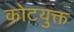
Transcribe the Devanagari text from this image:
कोटयुक्त